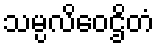
သမ္ပလိဝေဌိတံ